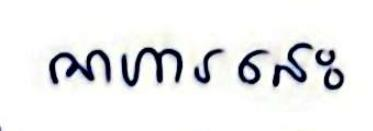
អាហារនេះ